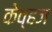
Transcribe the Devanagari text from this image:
केव्हज